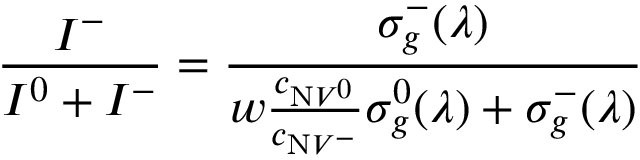
\frac { I ^ { - } } { I ^ { 0 } + I ^ { - } } = \frac { \sigma _ { g } ^ { - } ( \lambda ) } { w \frac { c _ { \mathrm { N } V ^ { 0 } } } { c _ { \mathrm { N } V ^ { - } } } \sigma _ { g } ^ { 0 } ( \lambda ) + \sigma _ { g } ^ { - } ( \lambda ) }